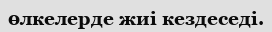
өлкелерде жиі кездеседі.